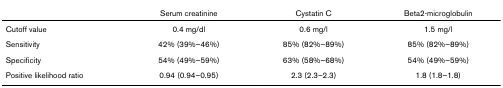
|  | Serum creatinine | Cystatin C | Beta2-microglobulin |
 | --- | --- | --- | --- |
 | Cutoff value | 0.4 mg/dl | 0.6 mg/l | 1.5 mg/l |
 | Sensitivity | 42% (39%–46%) | 85% (82%–89%) | 85% (82%–89%) |
 | Specificity | 54% (49%–59%) | 63% (58%–68%) | 54% (49%–59%) |
 | Positive likelihood ratio | 0.94 (0.94–0.95) | 2.3 (2.3–2.3) | 1.8 (1.8–1.8) |